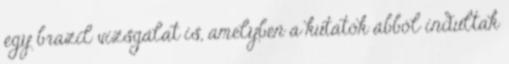
egy brazil vizsgálat is, amelyben a kutatók abból indultak